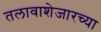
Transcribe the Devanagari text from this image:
तलावाशेजारच्या